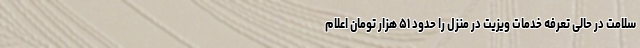
سلامت در حالی تعرفه خدمات ویزیت در منزل را حدود ۵۱ هزار تومان اعلام